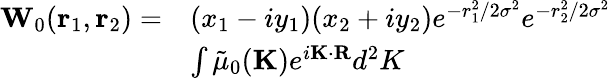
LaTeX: \begin{array}{rl}{\mathbf{{W}}_{0}(\mathbf{r}_{1},\mathbf{r}_{2})=}&{(x_{1}-iy_{1})(x_{2}+iy_{2})e^{-r_{1}^{2}/2\sigma^{2}}e^{-r_{2}^{2}/2\sigma^{2}}}\\ &{\int\tilde{\mu}_{0}(\textbf{K})e^{i\textbf{K}\cdot{\textbf{R}}}d^{2}K}\end{array}